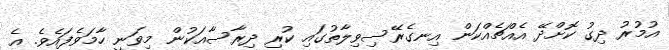
އުމުރު ދިގު ކޮށްދޭ އެއްޗެއްކަން އިނގެރޭސިވިލާތުގައި ކުރި ދިރާސާއަކުން މިވަނީ ހާމަވެފައެވެ. އެ